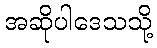
အဆိုပါဒေသသို့